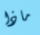
ماذا